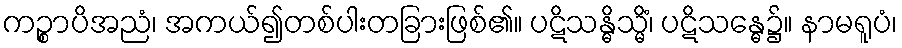
ကဉ္စာပိအညံ၊ အကယ်၍တစ်ပါးတခြားဖြစ်၏။ ပဋိသန္ဓိသ္မိံ၊ ပဋိသန္ဓေ၌။ နာမရူပံ၊